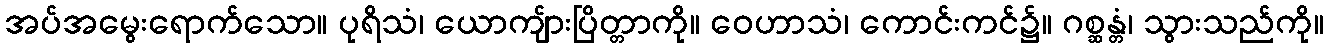
အပ်အမွေးရောက်သော။ ပုရိသံ၊ ယောကျ်ားပြိတ္တာကို။ ဝေဟာသံ၊ ကောင်းကင်၌။ ဂစ္ဆန္တံ၊ သွားသည်ကို။